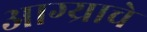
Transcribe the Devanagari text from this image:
आग्र्याचे